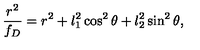
{ \frac { r ^ { 2 } } { f _ { D } } } = r ^ { 2 } + l _ { 1 } ^ { 2 } \cos ^ { 2 } \theta + l _ { 2 } ^ { 2 } \sin ^ { 2 } \theta ,